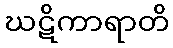
ဃဋိကာရာတိ